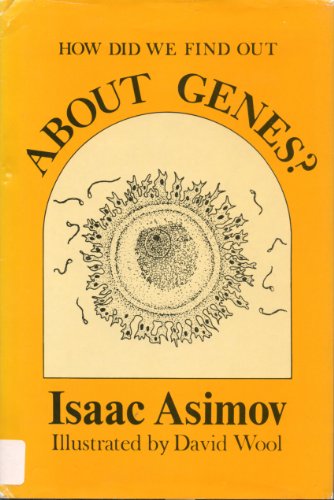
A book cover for How Did We Find Out About Genes? (How Did We Find Out Series); Isaac Asimov; Science & Math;